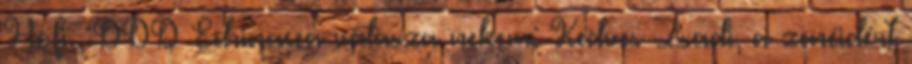
Hofi. :DDD Echinacea válasza nekem: Kedves Zsadi, a zenéidért